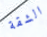
الشقة